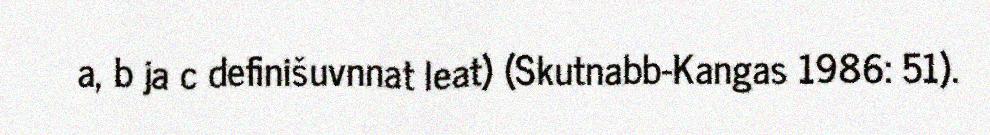
a, b ja c definišuvnnat leat) (Skutnabb-Kangas 1986: 51).